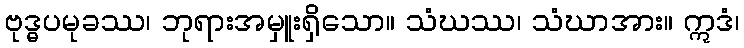
ဗုဒ္ဓပမုခဿ၊ ဘုရားအမှူးရှိသော။ သံဃဿ၊ သံဃာအား။ ဣဒံ၊